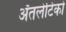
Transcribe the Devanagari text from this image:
ॲतलेटिको